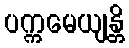
ပက္ကမေယျန္တိ